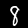
Digit: 8